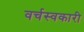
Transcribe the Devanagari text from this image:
वर्चस्वकारी